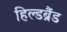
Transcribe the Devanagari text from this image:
हिल्डब्रैंड